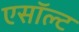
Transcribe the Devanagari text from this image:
एसॉल्ट